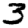
Digit: 3